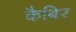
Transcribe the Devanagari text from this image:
कैबिर